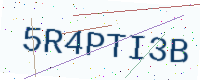
Text: 5R4PTI3B